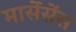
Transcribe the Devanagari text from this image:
मार्सेसेंस